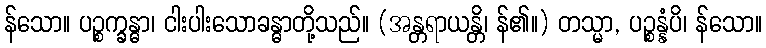
န်သော။ ပဉ္စက္ခန္ဓာ၊ ငါးပါးသောခန္ဓာတို့သည်။ (အန္တရာယန္တိ၊ န်၏။) တသ္မာ, ပဉ္စန္နံပိ၊ န်သော။